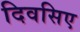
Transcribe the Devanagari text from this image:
दिवसिए